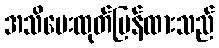
အသိပေးထုတ်ပြန်ထားသည်